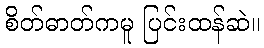
စိတ်ဓာတ်ကမူ ပြင်းထန်ဆဲ။